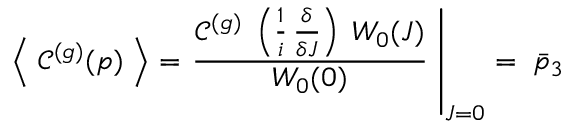
\left\langle \; \mathcal { C } ^ { ( g ) } ( p ) \; \right\rangle = \left. \frac { \mathcal { C } ^ { ( g ) } \; \left( \frac { 1 } { i } \, \frac { \delta } { \delta J } \right) \; W _ { 0 } ( J ) } { W _ { 0 } ( 0 ) } \; \right\vert _ { J = 0 } = \; \bar { p } _ { 3 }